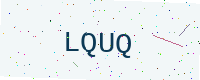
Text: LQUQ